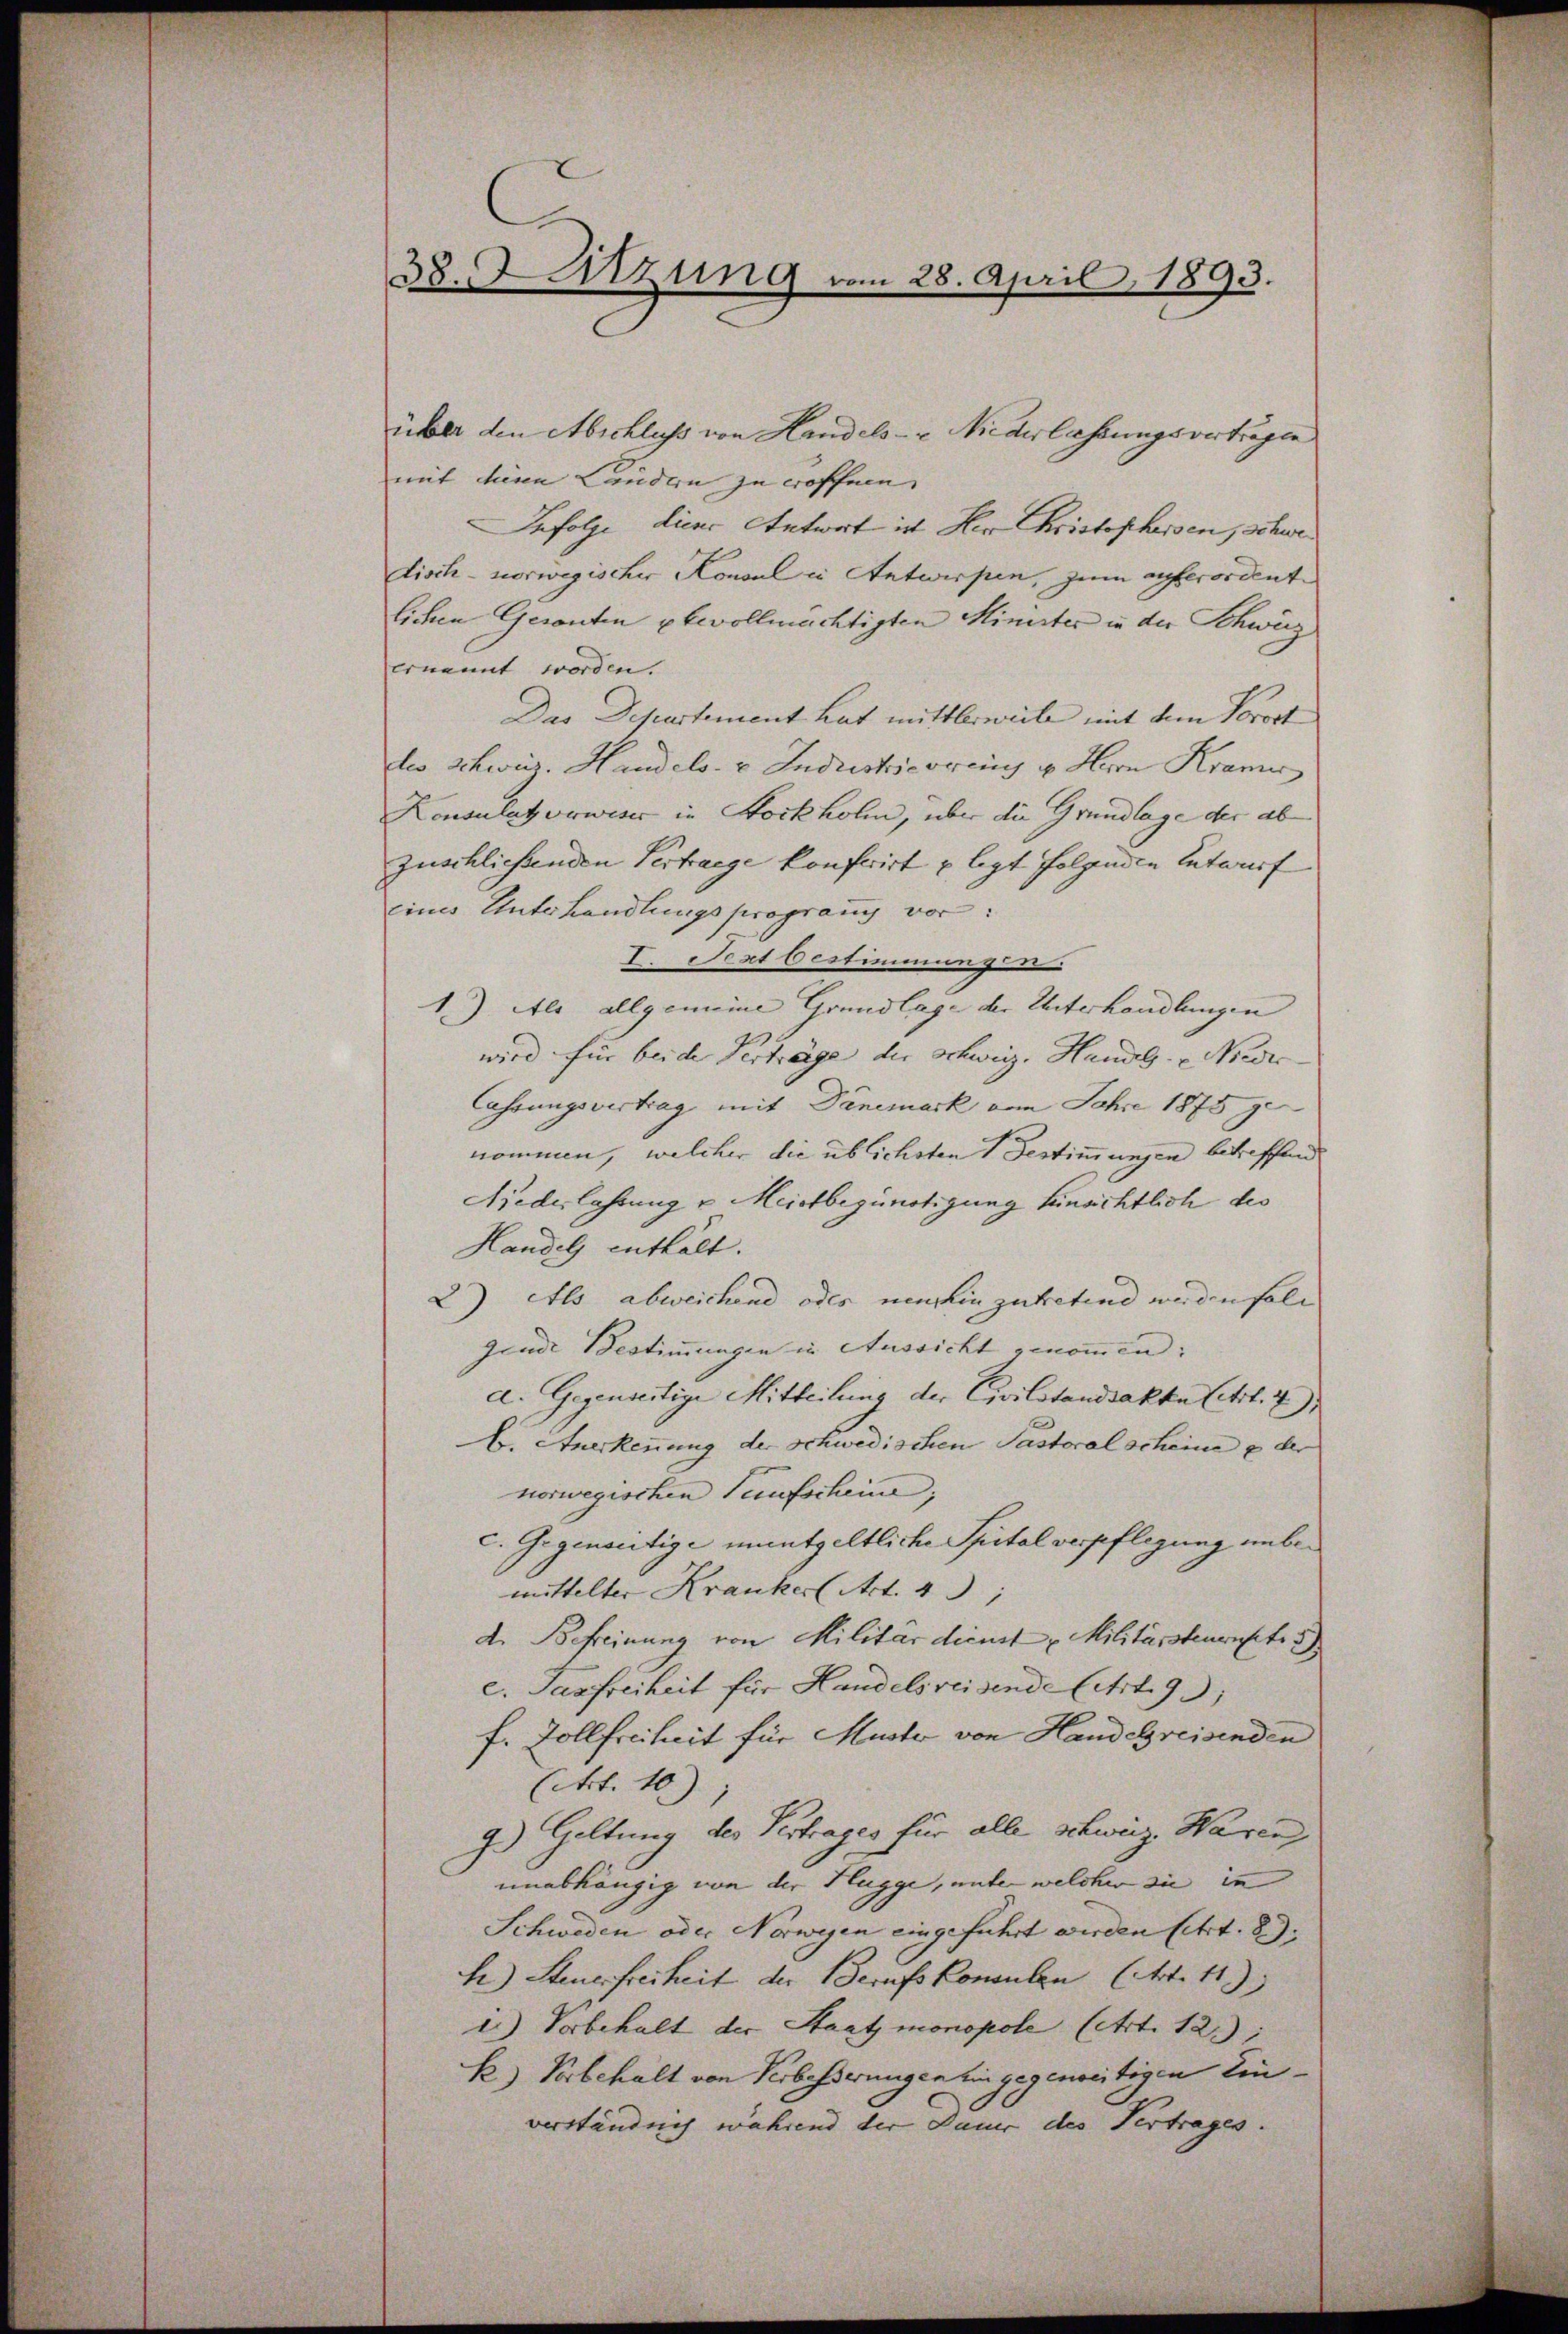
38. Sitzung vom 28. April 1893.

über den Abschluss von Handels- & Niederlassungsvertragen
mit diesen Landern zu eröffnen.
Infolge dieer Antwort ist Her Christopheisen, schwedisch-norwegischer Konsul in Antwerpen, zum auferordente
lichen Geronten bevollmächtigten Minister in der Schwärz
ernannt worden.
Das Departement hat mittlerweile mit dem Vorort
des Schweiz. Handels- & Industrieren u. Herrn Kran
Konsulat vorwiser in Stockholm, über die Grundlage der abzuschlichenden Vertrage konferirt u legt folgenden Entwurf
eines Unterhandlungsprograuch vor:
I. Pert bestimmungen
1) Als allgemeine Grundlage der Unterhandlungen
wird für beide Verträge der Schweiz. Handl. Nieder
Cassungsvertrag mit Danemark vom Jahre 1875 genommen, welcher die üblichsten 1 Bestimmungen betreffend
Niedelahrung u. Meistbegünstigung hinsichtlich des
Handel enthält.
2) Als abweichend oder neuhin zutretend werden fall
gende Bestimmungen in Aussicht genommen:
c. Gegenseitige Mitteilung der Civilstandsakte (Art. 4)
k. Anerkennung der schwedischen Pastoral scheine e der
norwegischen Taufscheine;
C. Gegenseitige unentgeltliche Spital verpflegung unbemittelter Kranker Art. 431
d. Befreinung von Militärdienst "Militärsteuernstete d
c. Fasfreiheit für Handelsreisende Art. 93;
f. Zollfreiheit für Muster von Handebreisenden
(Art. 10)
9.) Geltung des Vertrages für alle schweiz. Waren
unabhängig von der Hugge, unter welcher sie in
Schweden oder Norwegen eingeführt werden lehrt. 89.
h) Steuerfreiheit der Berufs Konsulen (Art. 119)
i.) Vorbehalt der Staat monopole (Art. 12.);
B) Vorbehalt von Verbesserungen hin gegenseitigen Einverständnis während der Dauer des Vertrages.